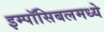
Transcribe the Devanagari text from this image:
इम्पॉसिबलमध्ये